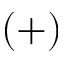
( + )